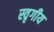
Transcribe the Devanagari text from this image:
स्वृगीय